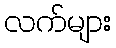
လက်များ